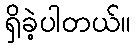
ရှိခဲ့ပါတယ်။